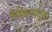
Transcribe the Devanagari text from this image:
केमिकलयुक्त